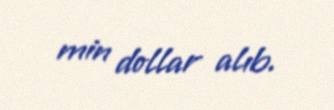
min dollar alıb.